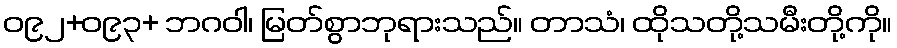
ဝ၉၂+ဝ၉၃+ ဘဂဝါ၊ မြတ်စွာဘုရားသည်။ တာသံ၊ ထိုသတို့သမီးတို့ကို။